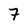
Character: 7